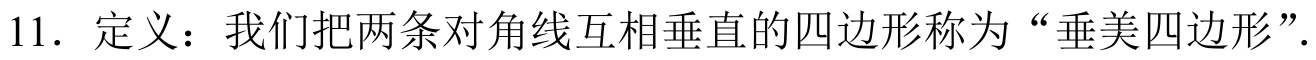
11. 定义：我们把两条对角线互相垂直的四边形称为“垂美四边形”.